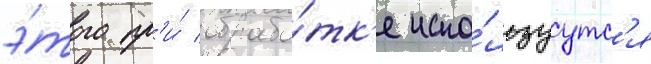
э́того пр'и́ обрабо́тк'е испо́льзуутс'я